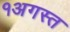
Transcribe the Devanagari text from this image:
१अगस्त